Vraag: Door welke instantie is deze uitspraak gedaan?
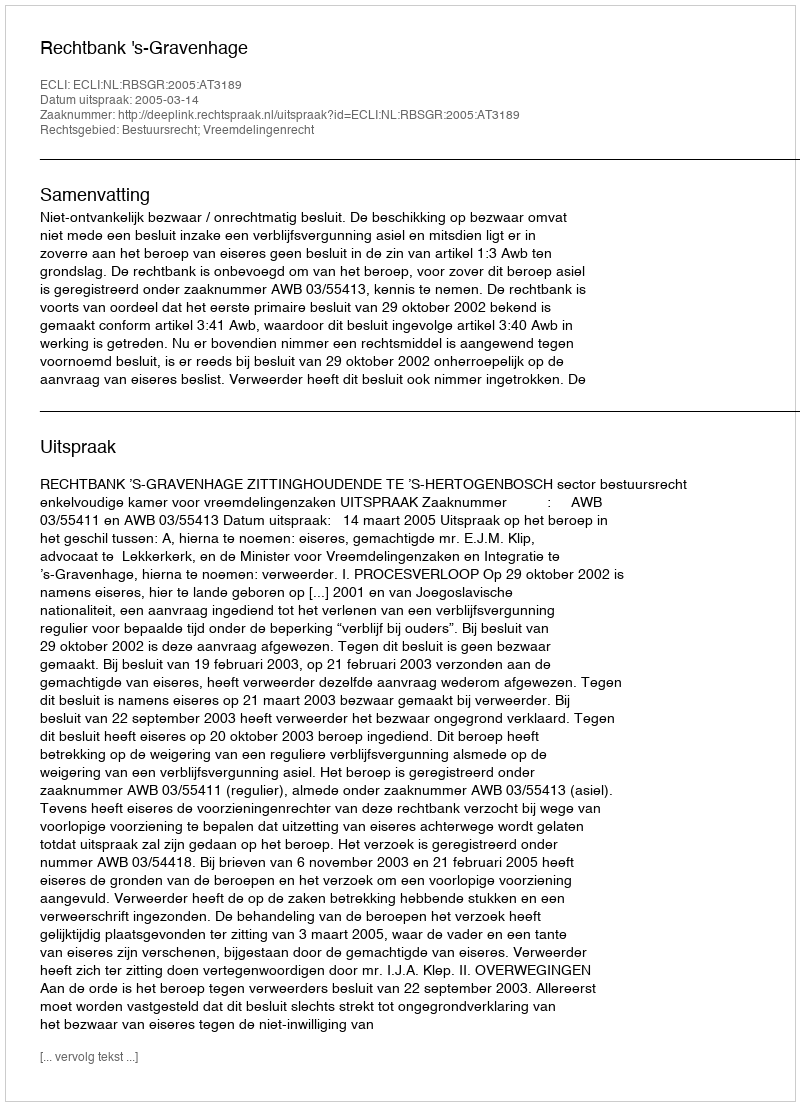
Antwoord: Rechtbank 's-Gravenhage